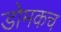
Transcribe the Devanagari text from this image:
डोमकच